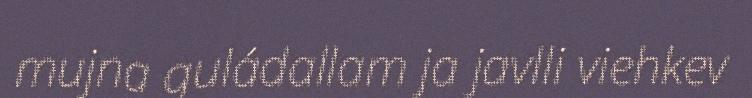
mujna guládallam ja javlli viehkev